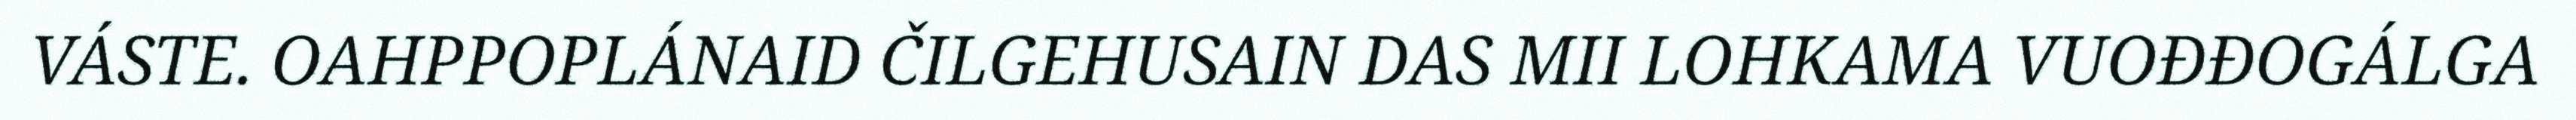
VÁSTE. OAHPPOPLÁNAID ČILGEHUSAIN DAS MII LOHKAMA VUOĐĐOGÁLGA